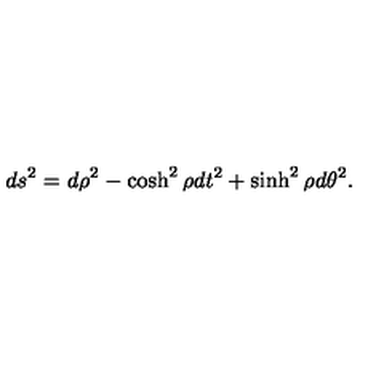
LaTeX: d s ^ { 2 } = d \rho ^ { 2 } - \cosh ^ { 2 } \rho d t ^ { 2 } + \sinh ^ { 2 } \rho d \theta ^ { 2 } .